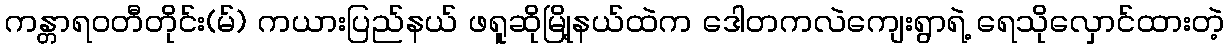
ကန္တာရဝတီတိုင်း(မ်) ကယားပြည်နယ် ဖရူဆိုမြို့နယ်ထဲက ဒေါတကလဲကျေးရွာရဲ့ ရေသိုလှောင်ထားတဲ့